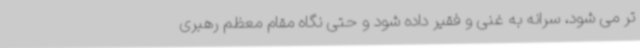
تر می شود، سرانه به غنی و فقیر داده شود و حتی نگاه مقام معظم رهبری